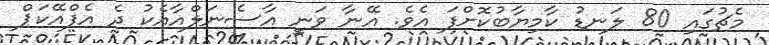
މެޗުގައި 80 ލަނޑު ކާމިޔާބުކޮށްފަ އެވެ. އޭނާ ވަނީ އާސެނަލްއާއެކު ދެ އެފްއޭކަޕް